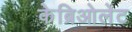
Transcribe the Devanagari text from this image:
केब्रिओलेट